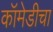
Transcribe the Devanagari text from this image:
कॉमेडीचा